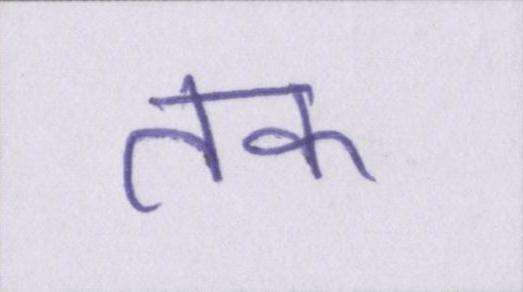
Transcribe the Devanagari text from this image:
तक